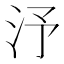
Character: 汿